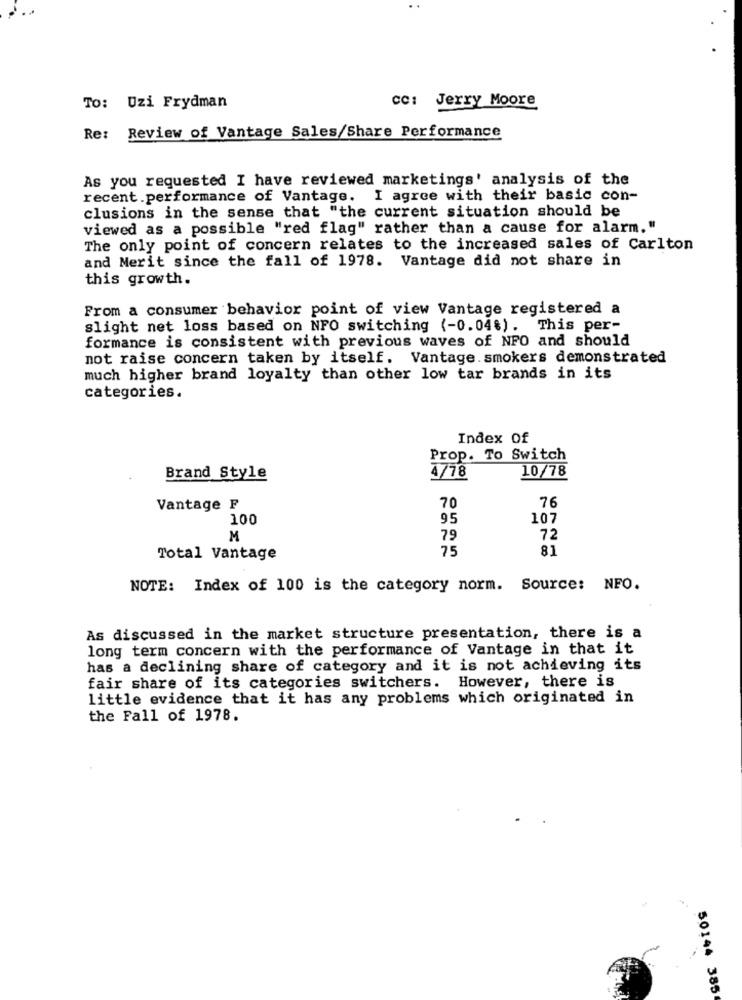
To: Uzi Frydman
cc: Jerry Moore
Re: Review of Vantage Sales/Share Performance
As you requested I have reviewed marketings' analysis of the
recent.performance of Vantage. I agree with their basic con-
clusions in the sense that "the current situation should be
viewed as a possible "red flag" rather than a cause for alarm."
The only point of concern relates to the increased sales of Carlton
and Merit since the fall of 1978. Vantage did not share in
this growth.
From a consumer behavior point of view Vantage registered a
slight net loss based on NFO switching (-0.04%). This per-
formance is consistent with previous waves of NFO and should
not raise concern taken by itself. Vantage.smokers demonstrated
much higher brand loyalty than other low tar brands in its
categories.
Index Of
Prop. To Switch
10/78
Brand Style
4/78
Vantage F
70
76
100
95
107
M
79
72
75
81
Total Vantage
NOTE: Index of 100 is the category norm. Source: NFO.
As discussed in the market structure presentation, there is a
long term concern with the performance of Vantage in that it
has a declining share of category and it is not achieving its
fair share of its categories switchers. However, there is
little evidence that it has any problems which originated in
the Fall of 1978.
50144 385